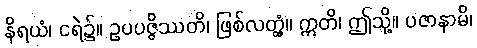
နိရယံ၊ ငရဲ၌။ ဥပပဇ္ဇိဿတိ၊ ဖြစ်လတ္တံ့။ ဣတိ၊ ဤသို့။ ပဇာနာမိ၊